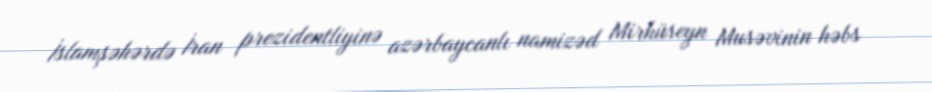
İslamşəhərdə İran prezidentliyinə azərbaycanlı namizəd Mirhüseyn Musəvinin həbs